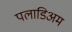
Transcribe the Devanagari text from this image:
पलाडिअम